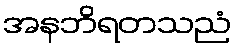
အနဘိရတသညံ